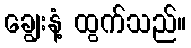
ချွေးနံ့ ထွက်သည်။